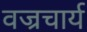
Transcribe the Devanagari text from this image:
वज्रचार्य